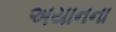
અયાનના